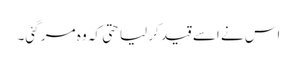
اس نے اسے قید کر لیا حتی کہ وہ مر گئی۔